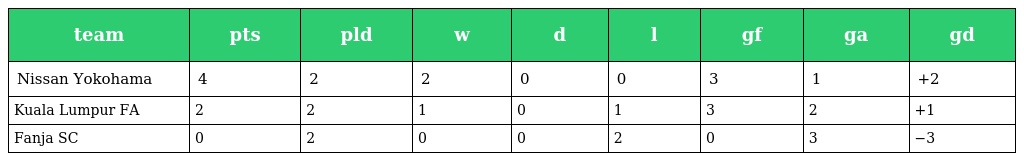
| team | pts | pld | w | d | l | gf | ga | gd |
 | --- | --- | --- | --- | --- | --- | --- | --- | --- |
 | Nissan Yokohama | 4 | 2 | 2 | 0 | 0 | 3 | 1 | +2 |
 | Kuala Lumpur FA | 2 | 2 | 1 | 0 | 1 | 3 | 2 | +1 |
 | Fanja SC | 0 | 2 | 0 | 0 | 2 | 0 | 3 | −3 |